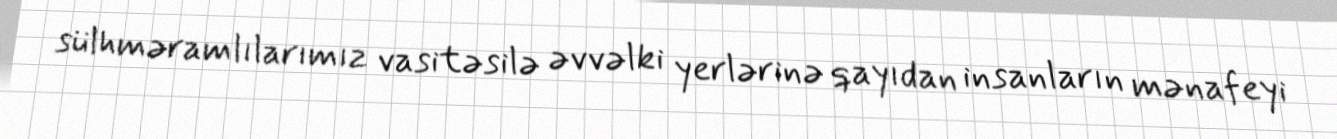
sülhməramlılarımız vasitəsilə əvvəlki yerlərinə qayıdan insanların mənafeyi